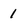
Character: 1